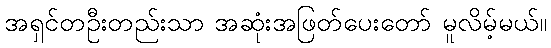
အရှင်တဦးတည်းသာ အဆုံးအဖြတ်ပေးတော် မူလိမ့်မယ်။